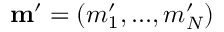
\mathbf { m } ^ { \prime } = ( m _ { 1 } ^ { \prime } , . . . , m _ { N } ^ { \prime } )